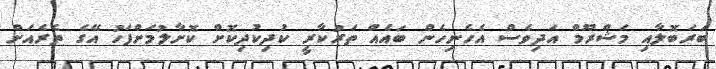
ބަރަބޮލާއި މަޝްރޫމް އަދިވެސް އެހެނިހެން ބައެއް ތަރުކާރީ ކުދިކުދިކޮށް ކޮށާލުމަށްފަހު އޭގެ ތެރެއަށް